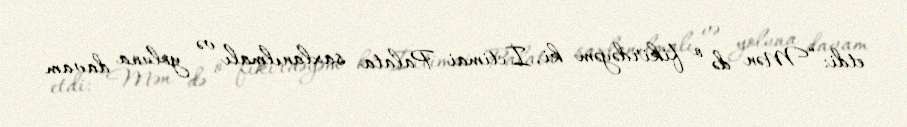
etdi: “Mən də o fikirdəyəm ki, İctimai Palata saxlanılmalı və yoluna davam